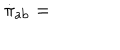
\dot { \pi } _ { \mathrm { a b } } =